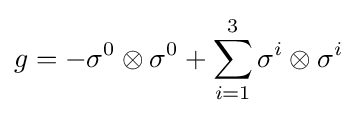
g=-\sigma ^{0}\otimes \sigma ^{0}+\sum _{i=1}^{3}\sigma ^{i}\otimes \sigma ^{i}